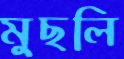
মুছলি